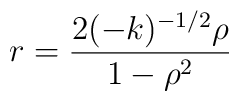
r = \frac{2(-k)^{-1/2}{\rho}}{1 - {\rho}^{2}}